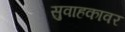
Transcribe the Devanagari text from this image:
सुवाहकावर